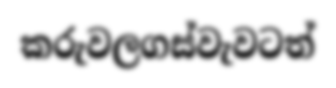
කරුවලගස්වැවටත්